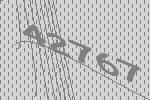
42767